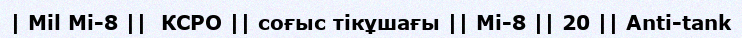
| Mil Mi-8 ||  КСРО || соғыс тікұшағы || Mi-8 || 20 || Anti-tank